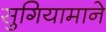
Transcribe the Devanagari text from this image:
सुगियामाने